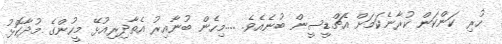
ހުރި ކަންކަން ކުރާނެކަމަށް އެޗްޑީސީން ބުނެއެވެ. ....މިހެން ބުނާއިރު އެތާދިރިއުޅޭ މީހުންގެ މުދާކޮޅު